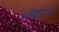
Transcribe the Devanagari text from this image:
अम्प्लिफ़ायर